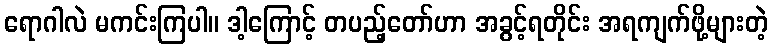
ရောဂါလဲ မကင်းကြပါ။ ဒါ့ကြောင့် တပည့်တော်ဟာ အခွင့်ရတိုင်း အရကျက်ဖို့များတဲ့